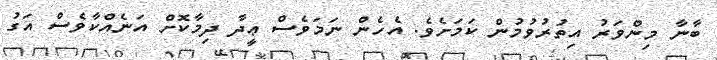
ބާނާ މިންވަރު އިތުރުވުމުން ކަމަށެވެ. އެހެން ނަމަވެސް ޢީދާ ދިމާކޮށް އަނެއްކާވެސް އަގު